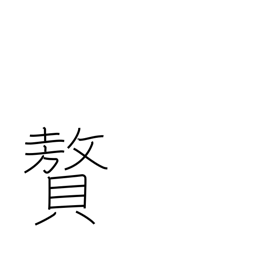
Meaning: luxury